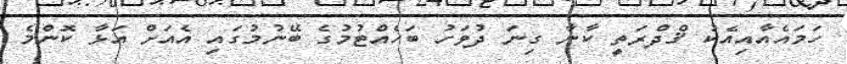
ހަމައެއާއިއެކު ޤްދްރަތީ ކާނާ ގިނަ ދުވަހު ބަހެއްޓުމުގެ ބޭނުމުގައި އެއަށް އަޅާ ކޮންމެ